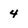
Character: 4